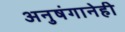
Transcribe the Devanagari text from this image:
अनुषंगानेही